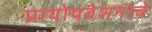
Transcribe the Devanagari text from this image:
प्रायोपवेशनाचे